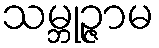
သမ္ဘုဉ္ဇာမ